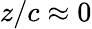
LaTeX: z/c\approx 0